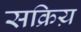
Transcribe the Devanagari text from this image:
सक्रिय़